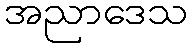
အညာဒေသ